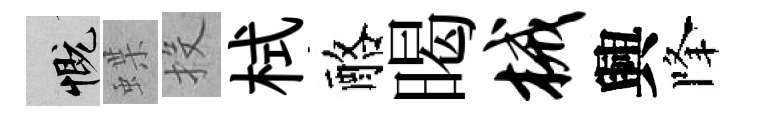
慨蝶投栻酪暍械興降